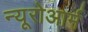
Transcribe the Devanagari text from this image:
न्यूरोआर्म